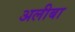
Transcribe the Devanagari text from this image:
अलीबा